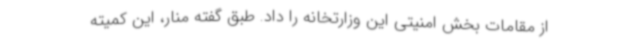
از مقامات بخش امنیتی این وزارتخانه را داد. طبق گفته منار، این کمیته